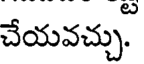
చేయవచ్చు.